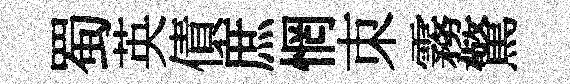
蜀英債庶惘朿霧驚